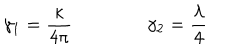
\gamma _ { 1 } = \frac \kappa { 4 \pi } \qquad \qquad \gamma _ { 2 } = \frac \lambda 4